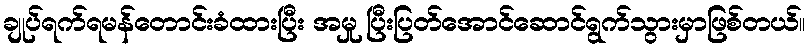
ချုပ်ရက်ရမန်တောင်းခံထားပြီး အမှု ပြီးပြတ်အောင်ဆောင်ရွက်သွားမှာဖြစ်တယ်။